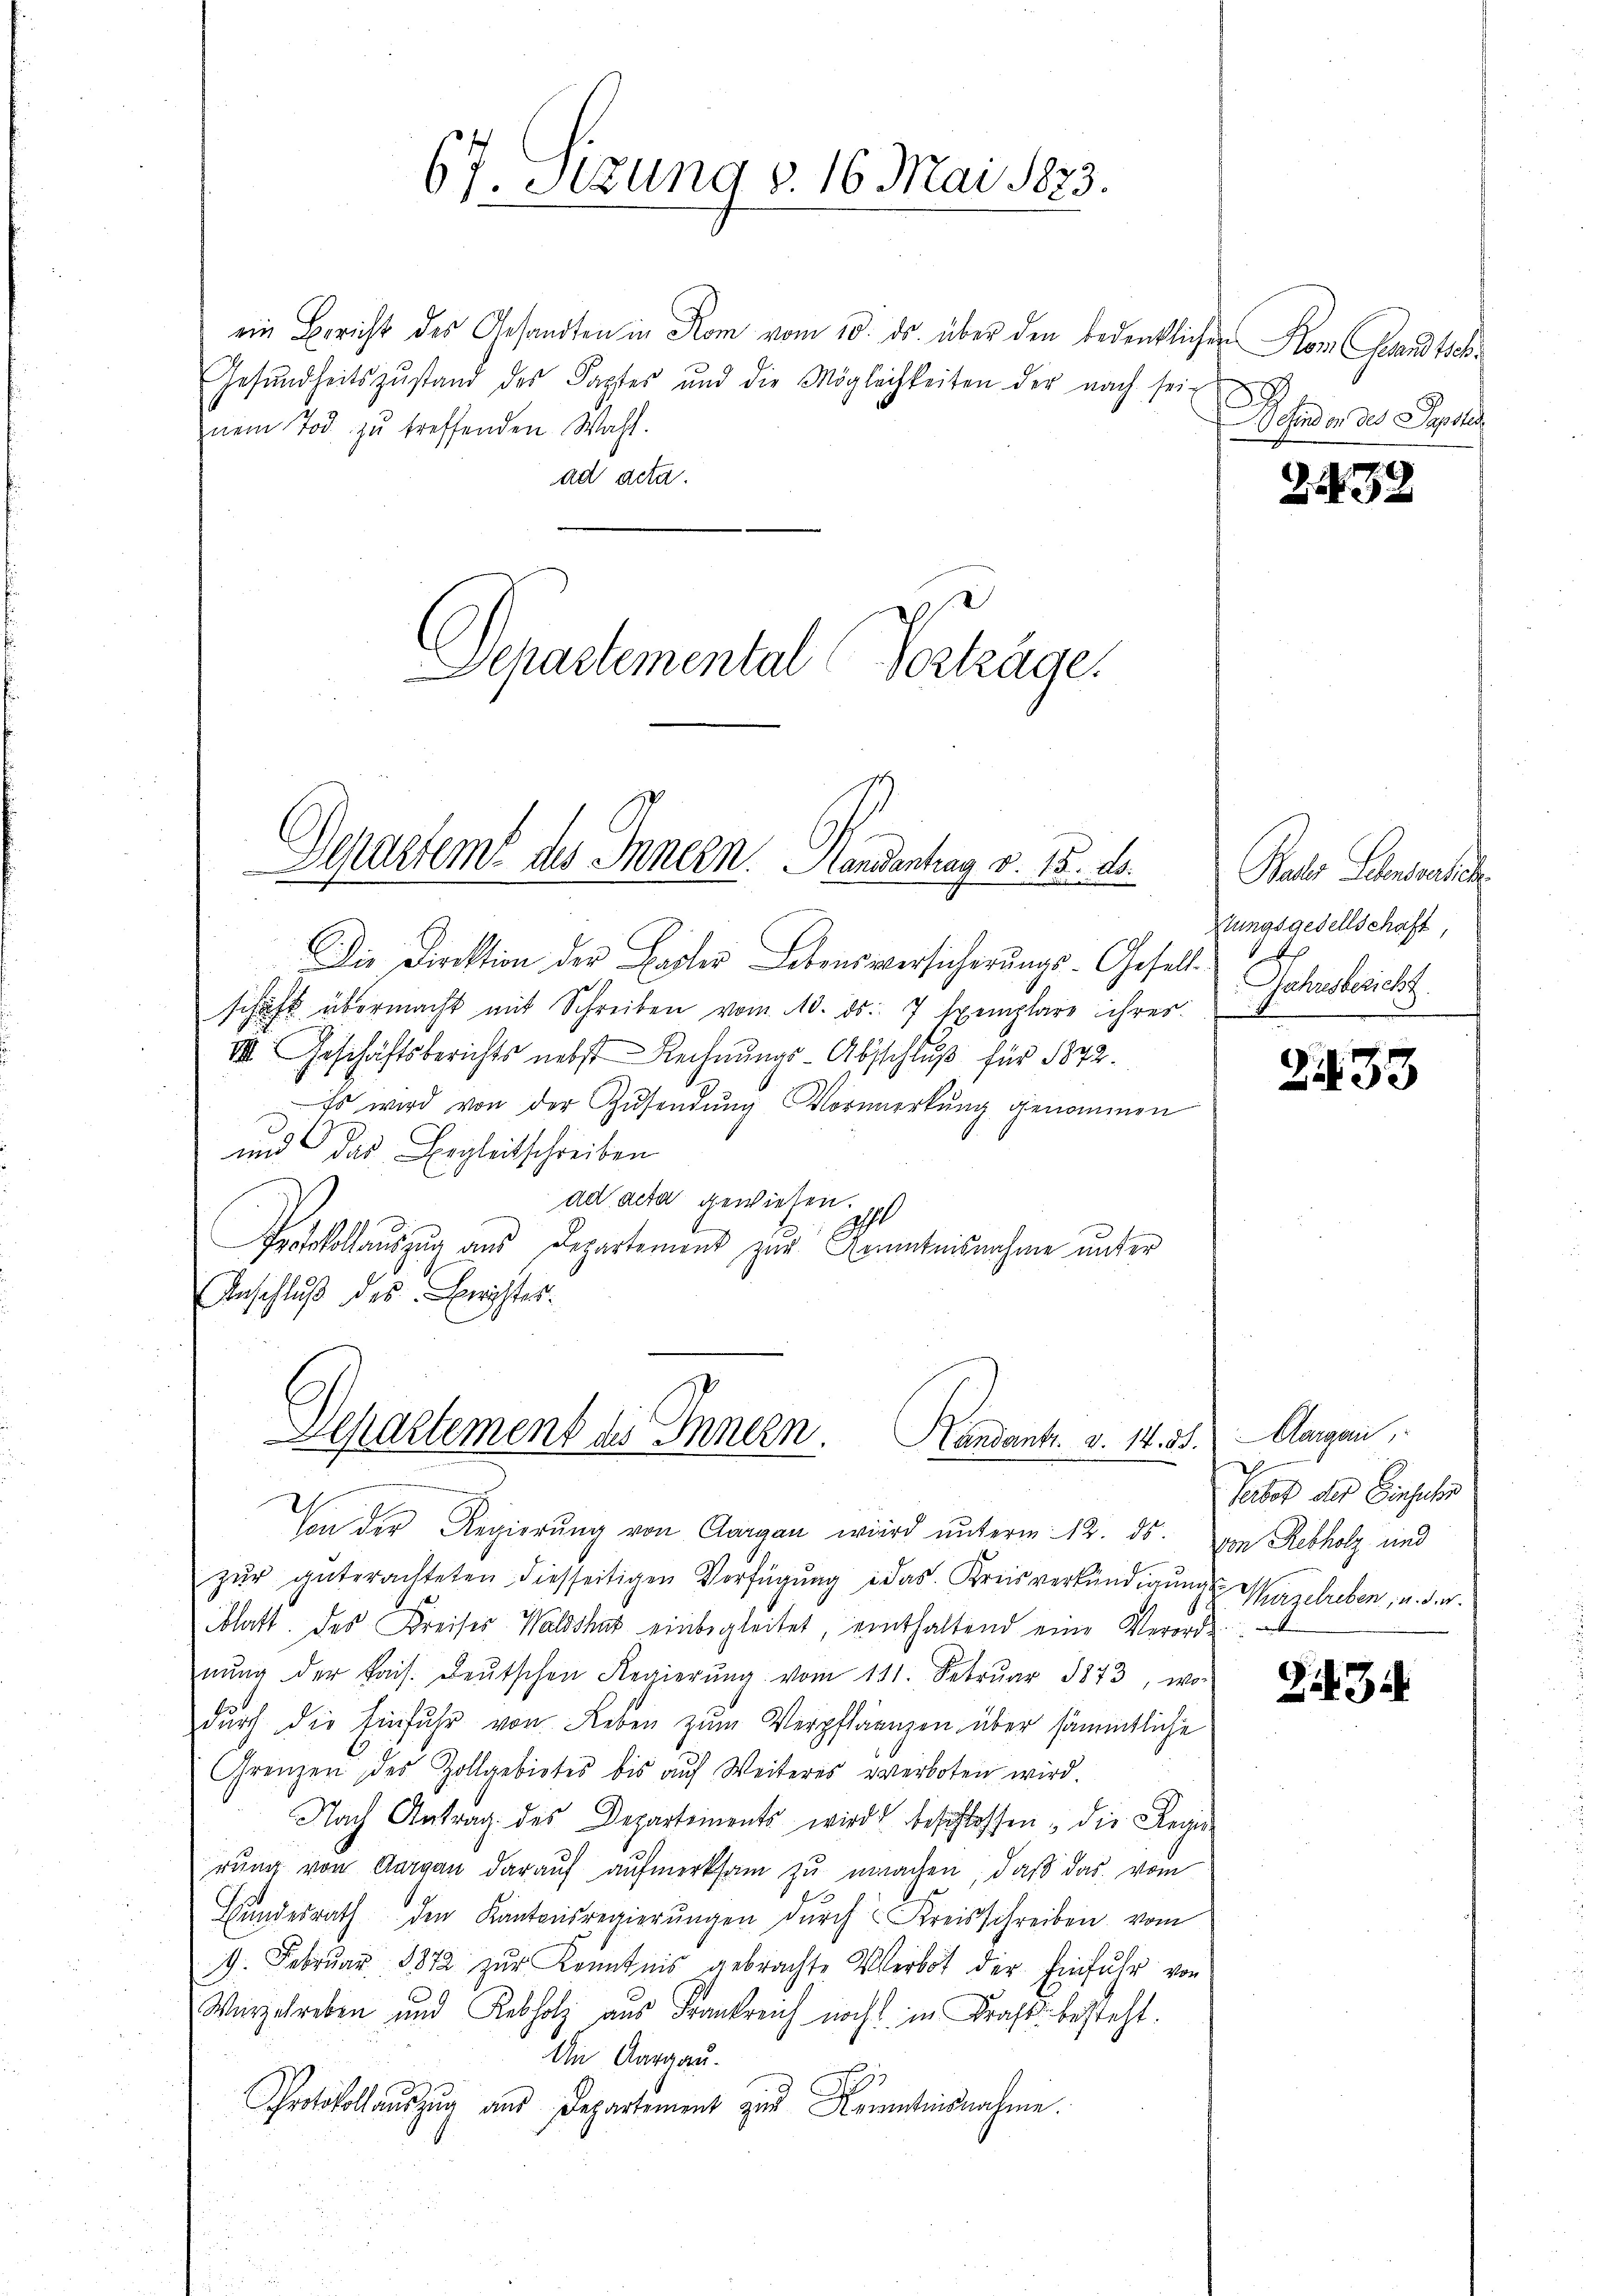
67. Sizung v. 16 Mai 1873.

ein Bericht des Gesandten in Rom vom 10. ds. über den bedenklichen Kom Gesandtsch¬
Gesŭndheitszŭstand des Kaptes und die Möglichkeiten der nach sei-
nem Tod zu treffenden Wahl.
ad acta.
Departemental Verträge.

Derartem des Innern. Handentrag v. 15. ds.

Die Direktion der Basler Lebensversicherŭngs-Gesell
schaft übermacht mit Schreiben vom 10. ds. 7 Exemplare ihres
III. Geschäftsberichts nebst Rechnŭngs-Abschlŭβ für 1872.
Es wird von der Zŭsendŭng Vormerkŭng genommen
und das Begleitschreiben
ad acta gewiesen.
190
Protocollauszug aus Departement zur Kenntnisnahme unter
Anschluß des Beister.
zur guterachteten diesseitigen Verfügung in das Kreisverkündigung Mirzelreben, u. der
4
blatt des Kreiser-Waldshut einbegleitet, einthaltend eine Verordnŭng der kais. Leŭtschen Regierŭng vom 111. Febrŭar 1873, wor
durch die Einfuhr von Leben zum Verpflänzen über sämmtliche
Grenzen des Zollgebietes bis auf Weiteres verboten wird.
Nach Antrag des Departements wird beschlossen, die Regierung von Aargau darauf aufmerksam zu machen, daß das vom
Hŭndesrath den Kantonsregierŭngen dŭrch Kreisschreiben vom
9. Febrŭar 1872 zŭr Kenntnis gebrachte Verbot der Einfuhr von
Wurzelreben und Rebholz aus Frankreich noch in Kraft besteht.
An Aargau.
Protokollauszug aus Departement zur Kenntnisnahme.

Departement des Innern. Handants. v. 14. 31.

Von der Regierŭng von Aargau wird ŭnterm 12. ds.

d
 sind er der Septe

1432

Paler Lehnrech
stungsgesellschaft,
Jahresbericht.

2433

Aargau,
h
Verbot der Einfuhre
von Rebholz und
a